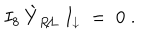
I _ { 8 } \: \grave { Y } _ { R \! / \! L } \: I _ { \downarrow } \; = \; 0 \; .